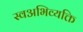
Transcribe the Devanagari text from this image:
स्वअभिव्यक्ति